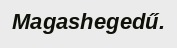
Magashegedű.